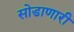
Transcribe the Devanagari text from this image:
सोडाणारी